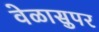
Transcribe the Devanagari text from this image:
वेळासुपर